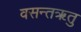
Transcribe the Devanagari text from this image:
वसन्तॠतु